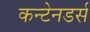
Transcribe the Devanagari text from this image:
कन्टेनडर्स